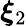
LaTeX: \boldsymbol{\xi}_{2}